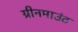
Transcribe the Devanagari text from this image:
ग्रीनमाउंट